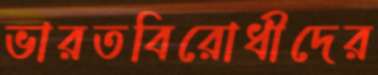
ভারতবিরোধীদের